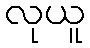
လုယူ